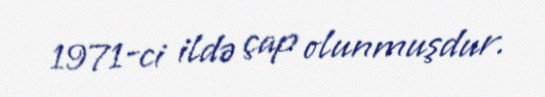
1971-ci ildə çap olunmuşdur.